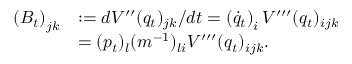
\begin{array} { r l } { \left( B _ { t } \right) _ { j k } } & { : = d V ^ { \prime \prime } ( q _ { t } ) _ { j k } / d t = \left( \dot { q } _ { t } \right) _ { i } V ^ { \prime \prime \prime } ( q _ { t } ) _ { i j k } } \\ & { = ( p _ { t } ) _ { l } ( m ^ { - 1 } ) _ { l i } V ^ { \prime \prime \prime } ( q _ { t } ) _ { i j k } . } \end{array}